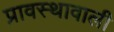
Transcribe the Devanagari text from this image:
प्रावस्थावाली